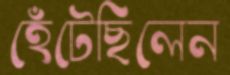
হেঁটেছিলেন